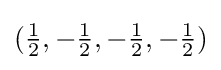
({\tfrac {1}{2}},-{\tfrac {1}{2}},-{\tfrac {1}{2}},-{\tfrac {1}{2}})